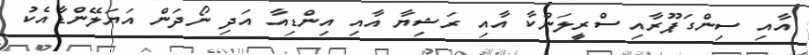
އާއި ސިންގަޕޫރާއި ސްރީލަންކާ އާއި ރަޝިޔާ އާއި އިންޑިއާ އަދި ނޯދަން އަޔަލޭންޑާއެކު